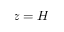
z = H